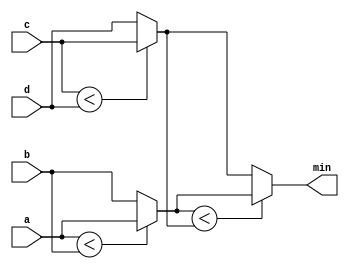
module top_module (
    input [7:0] a, b, c, d,
    output [7:0] min);//

    wire [7:0] min_ab, min_cd;
    
    assign min_ab = a < b ? a : b;
    assign min_cd = c < d ? c : d;
    assign min = min_ab < min_cd ? min_ab : min_cd;

endmodule